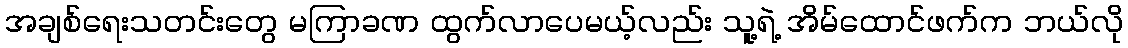
အချစ်ရေးသတင်းတွေ မကြာခဏ ထွက်လာပေမယ့်လည်း သူ့ရဲ့ အိမ်ထောင်ဖက်က ဘယ်လို